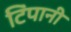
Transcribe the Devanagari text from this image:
टिंपानी